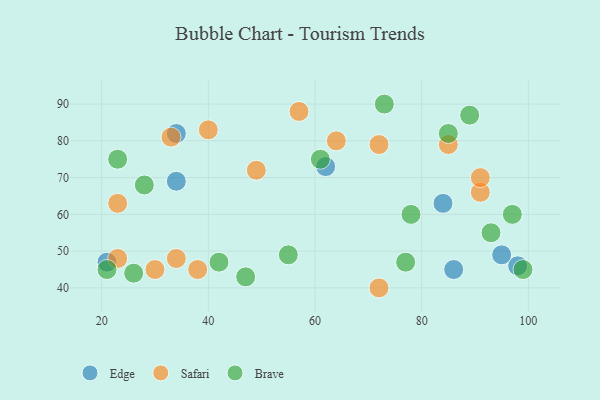
{"axis": {"x": "GDP", "y": "Life Expectancy"}, "legend": ["Brave", "Edge", "Safari"], "data": [{"x": "21", "y": 47, "type": "Edge"}, {"x": "34", "y": 69, "type": "Edge"}, {"x": "86", "y": 45, "type": "Edge"}, {"x": "84", "y": 63, "type": "Edge"}, {"x": "98", "y": 46, "type": "Edge"}, {"x": "62", "y": 73, "type": "Edge"}, {"x": "34", "y": 82, "type": "Edge"}, {"x": "95", "y": 49, "type": "Edge"}, {"x": "91", "y": 66, "type": "Safari"}, {"x": "57", "y": 88, "type": "Safari"}, {"x": "34", "y": 48, "type": "Safari"}, {"x": "38", "y": 45, "type": "Safari"}, {"x": "23", "y": 63, "type": "Safari"}, {"x": "40", "y": 83, "type": "Safari"}, {"x": "49", "y": 72, "type": "Safari"}, {"x": "72", "y": 79, "type": "Safari"}, {"x": "85", "y": 79, "type": "Safari"}, {"x": "23", "y": 48, "type": "Safari"}, {"x": "91", "y": 70, "type": "Safari"}, {"x": "30", "y": 45, "type": "Safari"}, {"x": "33", "y": 81, "type": "Safari"}, {"x": "64", "y": 80, "type": "Safari"}, {"x": "72", "y": 40, "type": "Safari"}, {"x": "77", "y": 47, "type": "Brave"}, {"x": "42", "y": 47, "type": "Brave"}, {"x": "93", "y": 55, "type": "Brave"}, {"x": "78", "y": 60, "type": "Brave"}, {"x": "73", "y": 90, "type": "Brave"}, {"x": "26", "y": 44, "type": "Brave"}, {"x": "61", "y": 75, "type": "Brave"}, {"x": "21", "y": 45, "type": "Brave"}, {"x": "47", "y": 43, "type": "Brave"}, {"x": "89", "y": 87, "type": "Brave"}, {"x": "55", "y": 49, "type": "Brave"}, {"x": "85", "y": 82, "type": "Brave"}, {"x": "28", "y": 68, "type": "Brave"}, {"x": "23", "y": 75, "type": "Brave"}, {"x": "97", "y": 60, "type": "Brave"}, {"x": "99", "y": 45, "type": "Brave"}]}